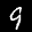
Label: 9